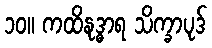
၁၀။ ကထိနုဒ္ဓာရ သိက္ခာပုဒ်